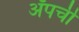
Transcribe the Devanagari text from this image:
ॲपची